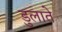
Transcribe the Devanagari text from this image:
डुलाते